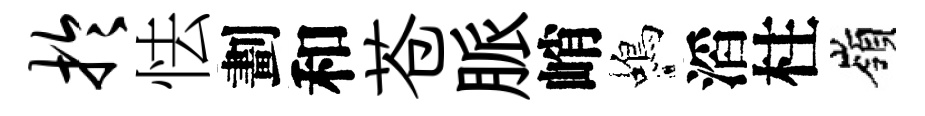
於怯劃和苍脈峭蝎滔柱嶺